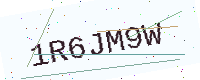
Text: 1R6JM9W